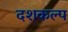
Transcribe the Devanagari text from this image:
दशकल्प